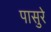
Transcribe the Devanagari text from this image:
पासुरे